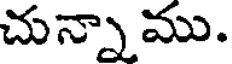
చున్నాము.